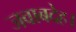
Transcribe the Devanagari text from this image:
जवाबदेह।